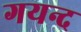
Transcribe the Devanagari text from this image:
गयन्द